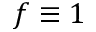
f \equiv 1